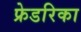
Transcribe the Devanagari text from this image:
फ्रेडरिका